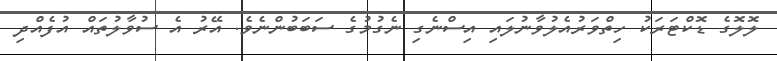
ލޮލޮގެ ޑޮކްޓަރަކު ހިތްވަރުއެލުވާނުލައި އިސްނެގި ނެގުމުގެ ސަބަބުންނެވެ. އޭރު އެ ސުވާލުތައް އުފެއްދި